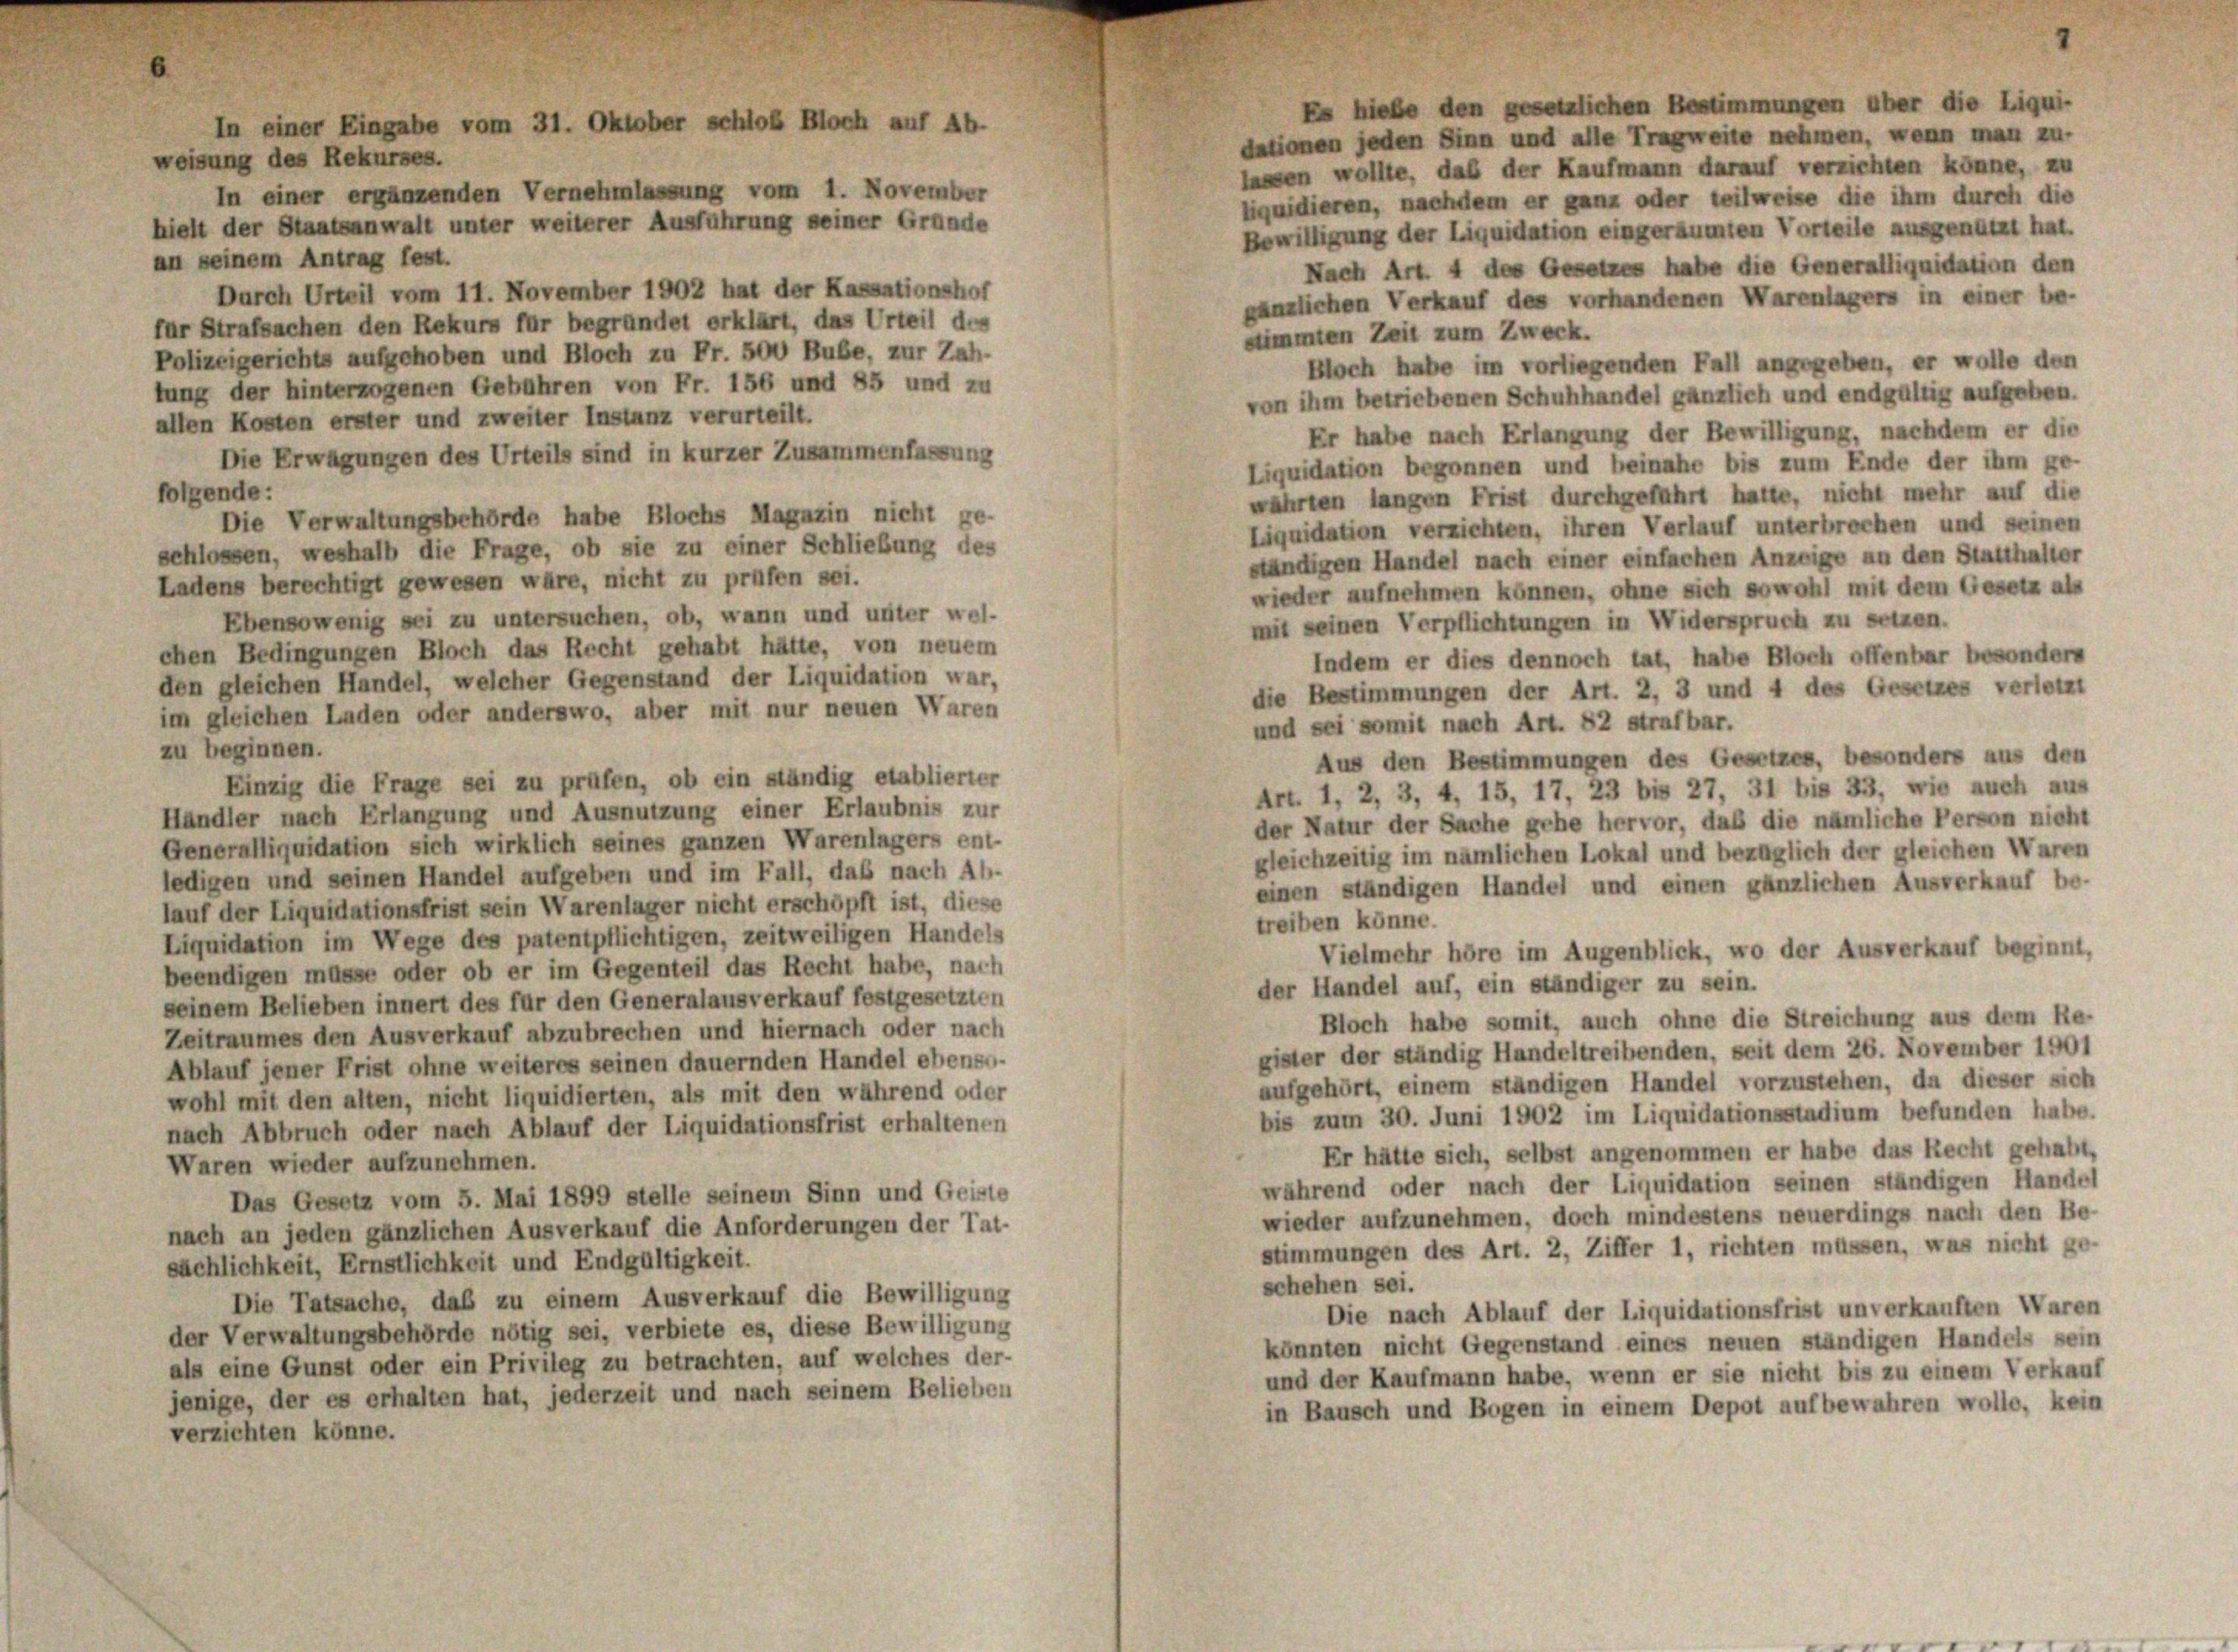
In einer Eingabe vom 31. Oktober schloß Bloch auf Ab-
weisung des Rekurses.
In einer ergänzenden Vernehmlassung vom 1. November
hielt der Staatsanwalt unter weiterer Ausführung seiner Gründe

dationen jeden Sinn und alle Tragweite nehmen, wenn man zu-
lassen wollte, daß der Kaufmann darauf verzichten könne, zu
liquidieren, nachdem er ganz oder teilweise die ihm durch die
Bewilligung der Liquidation eingeräumten Vorteile ausgenützt hat.
in seinem Antrag fest.
Nach Art. 4 des Gesetzes habe die Generalliquidation den
Durch Urteil vom 11. November 1902 hat der Kassationshof
gänzlichen Verkauf des vorhandenen Warenlagers in einer be-
ür Strafsachen den Rekurs für begründet erklärt, das Urteil des
stimmten Zeit zum Zweck.
Polizeigerichts aufgehoben und Bloch zu Fr. 500 Bube, zur Zah-
Bloch habe im vorliegenden Fall angegeben, er wolle den
lung der hinterzogenen Gebühren von Fr. 156 und 85 und zu
von ihm betriebenen Schuhhandel gänzlich und endgültig aufgeben.
allen Kosten erster und zweiter Instanz verurteilt.
Er habe nach Erlangung der Bewilligung, nachdem er die
Die Erwägungen des Urteils sind in kurzer Zusammenfassung
Liquidation begonnen und beinahe bis zum Ende der ihm ge-
folgende:
wahrten langen Frist durchgeführt hatte, nicht mehr auf die
Die Verwaltungsbehörde habe Blochs Magazin nicht ge-
Liquidation verzichten, ihren Verlauf unterbrechen und seinen
schlossen, weshalb die Frage, ob sie zu einer Schließung des
ständigen Handel nach einer einfachen Anzeige an den Statthalter
Ladens berechtigt gewesen wäre, nicht zu prüfen sei.
wieder aufnehmen können, ohne sich sowohl mit dem Gesetz als
Ebensowenig sei zu untersuchen, ob, wann und unter wel-
mit seinen Verpflichtungen in Widerspruch zu setzen.
chen Bedingungen Bloch das Recht gehabt hätte, von neuem
Indem er dies dennoch tat, habe Bloch offenbar besonders
den gleichen Handel, welcher Gegenstand der Liquidation war,
die Bestimmungen der Art. 2, 3 und 4 des Gesetzes verletzt
im gleichen Laden oder anderswo, aber mit nur neuen Waren
und sei somit nach Art. 82 strafbar.
zu beginnen.
Aus den Bestimmungen des Gesetzes, besonders aus den
Einzig die Frage sei zu prüfen, ob ein ständig etablierter
Art. 1, 2, 3, 4, 15, 17, 23 bis 27, 31 bis 33, wie auch aus
Handler nach Erlangung und Ausnutzung einer Erlaubnis zur
der Natur der Sache gehe hervor, daß die nämliche Person nicht
Generalliquidation sich wirklich seines ganzen Warenlagers ent-
gleichzeitig im nämlichen Lokal und bezüglich der gleichen Waren
ledigen und seinen Handel aufgeben und im Fall, daß nach Ab-
einen ständigen Handel und einen gänzlichen Ausverkauf be-
lauf der Liquidationsfrist sein Warenlager nicht erschöpft ist, diese
treiben könne.
Liquidation im Wege des patentpflichtigen, zeitweiligen Handels
Vielmehr höre im Augenblick, wo der Ausverkauf beginnt,
beendigen müsse oder ob er im Gegenteil das Recht habe, nach
der Handel auf, ein ständiger zu sein.
seinem Belieben innert des für den Generalausverkauf festgesetzten
Bloch habe somit, auch ohne die Streichung aus dem Re-
Zeitraumes den Ausverkauf abzubrechen und hiernach oder nach
gister der ständig Handeltreibenden, seit dem 26. November 1901
Ablauf jener Frist ohne weiteres seinen dauernden Handel ebensu-
aufgehört, einem ständigen Handel vorzustehen, da dieser sich
wohl mit den alten, nicht liquidierten, als mit den während oder
bis zum 30. Juni 1902 im Liquidationsstadium befunden habe.
nach Abbruch oder nach Ablauf der Liquidationsfrist erhaltenen
Er hätte sich, selbst angenommen er habe das Recht gehabt,
Waren wieder aufzunehmen.
während oder nach der Liquidation seinen ständigen Handel
Das Gesetz vom 5. Mai 1899 stelle seinem Sinn und Geiste
wieder aufzunehmen, doch mindestens neuerdings nach den Be-
nach an jeden gänzlichen Ausverkauf die Anforderungen der Tat-
stimmungen des Art. 2, Ziffer 1, richten müssen, was nicht ge-
sächlichkeit, Ernstlichkeit und Endgültigkeit.
schehen sei.
Die Tatsache, daß zu einem Ausverkauf die Bewilligung
Die nach Ablauf der Liquidationsfrist unverkauften Waren
der Verwaltungsbehörde nötig sei, verbiete es, diese Bewilligung
könnten nicht Gegenstand eines neuen ständigen Handels sein
als eine Gunst oder ein Privileg zu betrachten, auf welches der-
und der Kaufmann habe, wenn er sie nicht bis zu einem Verkauf
jenige, der es erhalten hat, jederzeit und nach seinem Belieben
in Bausch und Bogen in einem Depot aufbewahren wolle, kein
verzichten könne.

Es hies

en über die Liqui-